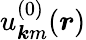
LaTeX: u_{\boldsymbol{k}m}^{(0)}(\boldsymbol{r})